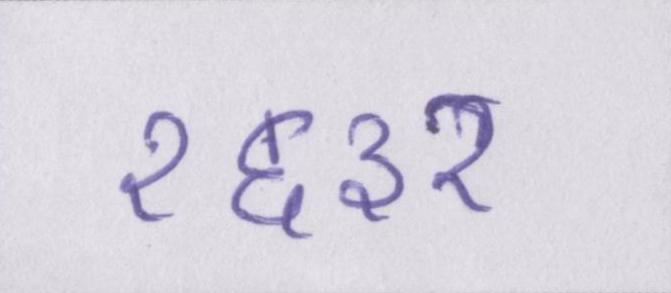
१६३२